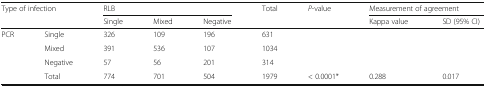
| <ROWSPAN=2-COLSPAN=2> Type of infection | <COLSPAN=3> RLB | <ROWSPAN=2> Total | <ROWSPAN=2> P-value | <COLSPAN=2> Measurement of agreement |
 | Single | Mixed | Negative | Kappa value | SD (95% CI) |
 | --- | --- | --- | --- | --- | --- | --- | --- | --- |
 | <ROWSPAN=3> PCR | Single | 326 | 109 | 196 | 631 |  |  |  |
 | Mixed | 391 | 536 | 107 | 1034 |  |  |  |
 | Negative | 57 | 56 | 201 | 314 |  |  |  |
 |  | Total | 774 | 701 | 504 | 1979 | < 0.0001* | 0.288 | 0.017 |